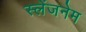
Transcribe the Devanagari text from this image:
स्लेंजनेम